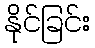
နိုင်ခြင်း